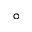
\circ